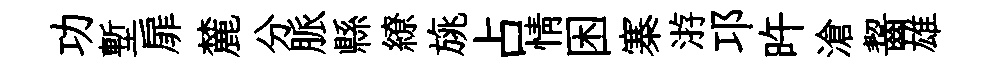
功塹扉麓分脈縣繚旐占情困寨㳺邛旿滄齧雄